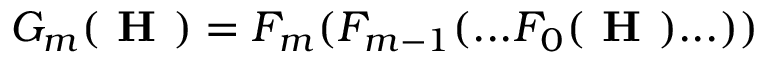
G _ { m } ( \boldsymbol { \textbf { H } } ) = F _ { m } ( F _ { m - 1 } ( . . . F _ { 0 } ( \boldsymbol { \textbf { H } } ) . . . ) )